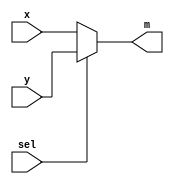
module mux2to1(x, y, sel, m);
    input x; //select 0
    input y; //select 1
    input sel; //select signal
    output m; //output
  
    //assign m = s & y | ~s & x;
    // OR
    assign m = sel ? y : x;

endmodule


module full_adder(a_0, b_0, c_in_0, s_0, c_out_0);
	//Set inputs and outputs
	input a_0, b_0, c_in_0;
	output c_out_0, s_0;
	
	//Define wire that is the output of XOR of A and B
	wire xor_a_b; 
	assign xor_a_b = a_0^b_0;
	
	//Define 's' bit
	assign s_0 = c_in_0^xor_a_b;
	
	//Instantiate mux2to1 module, with inputs c_in, b, xor_a_b
	mux2to1 u1(
		.x(b_0),
		.y(c_in_0),
		.sel(xor_a_b),
		.m(c_out_0));
	
endmodule


module part2(a, b, c_in, s, c_out); //top module, module part2 declaration
	input [3:0] a;
	input [3:0] b;
	input c_in;
	output [3:0] c_out;
	output [3:0] s; 
	
	
	full_adder u1(
		.a_0(a[0]),
		.b_0(b[0]),
		.c_in_0(c_in),
		.s_0(s[0]),
		.c_out_0(c_out[0]));
	
	full_adder u2(
		.a_0(a[1]),
		.b_0(b[1]),
		.c_in_0(c_out[0]),
		.s_0(s[1]),
		.c_out_0(c_out[1]));
		
	full_adder u3(
		.a_0(a[2]),
		.b_0(b[2]),
		.c_in_0(c_out[1]),
		.s_0(s[2]),
		.c_out_0(c_out[2]));
		
	full_adder u4(
		.a_0(a[3]),
		.b_0(b[3]),
		.c_in_0(c_out[2]),
		.s_0(s[3]),
		.c_out_0(c_out[3]));
		


endmodule